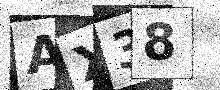
Text: AX38